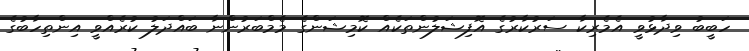
ހަބީބު ވިދާޅުވީ އެމެރިކާ ސަރުކާރުގެ އޮފިޝަލުންތަކެއް ކޮމިޝަންގެ މެމްބަރުންނާ ބައްދަލު ކުރެއްވީ އިންތިހާބުގެ